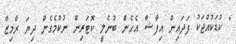
" ކުޑަކުއްޖަކު ފަދައިން އިފާޝާ އެހެން ބުނެލީ ކޮޓަރިން ނުކުމެގެން ދިޔަ ރާމިޒާ